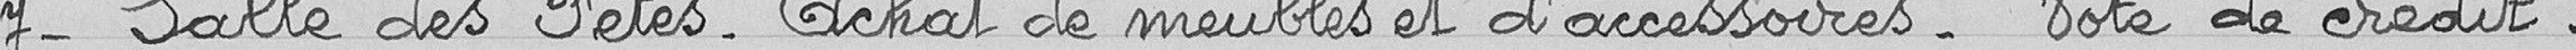
7- Salle des Fêtes - Achat de meubles et d'accessoires - Vote de crédits